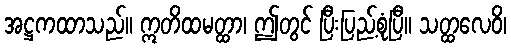
အဋ္ဌကထာသည်။ ဣတိထမတ္ထာ၊ ဤတွင် ပြီးပြည့်စုံပြီ။ သတ္ထလေဝိ၊